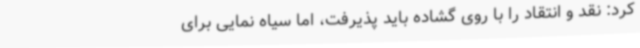
کرد: نقد و انتقاد را با روی گشاده باید پذیرفت، اما سیاه نمایی برای